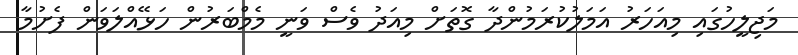
މަޖިލީހުގައި މިއަހަރު އަމަލުކުރަމުންދާ ގޮތަށް މިއަދު ވެސް ވަނީ މެމްބަރުން ހަޅޭއްލަވަން ފެށުމާ